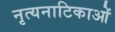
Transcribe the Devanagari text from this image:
नृत्यनाटिकाओं